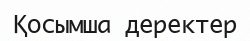
Қосымша деректер